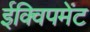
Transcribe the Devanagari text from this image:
ईक्विपमेंट